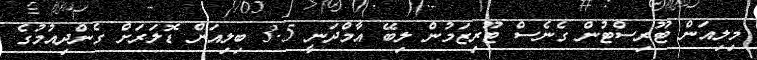
މިލިއަން ޓޫރިސްޓުން ގެނެސް ޓޫރިޒަމުން ލިބޭ އާމްދަނީ 3.5 ބިލިއަން ޑޮލަރަށް ގެންދިއުމުގެ